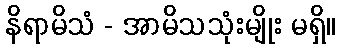
နိရာမိသံ - အာမိသသုံးမျိုး မရှိ။